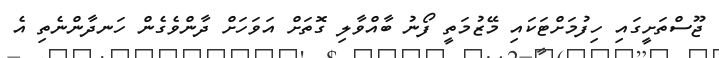
ޖޫސްތަށީގައި ހިފުމަށްޓަކައި މޭޒުމަތީ ފޯނު ބާއްވާލި ގޮތަށް އަވަހަށް ދާންވެގެން ހަނދާންނެތި އެ